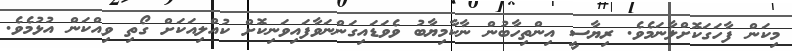
މިކަން ފާހަގަކޮށްލާނަމެވެ. ރިޔާސީ އިންތިހާބުން ނާކާމިޔާބު ވެވަޑައިގަންނަވާފައިވަނިކޮށް ކުއްލިއަކަށް ގޯތި ވިއްކަން އުޅުމެވެ.